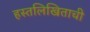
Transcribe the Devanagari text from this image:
हस्तलिखिताची